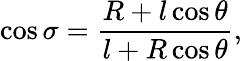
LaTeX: \cos\sigma=\frac{R+l\cos\theta}{l+R\cos\theta},